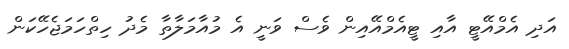
އަދި އެމްއޭޓީ އާއި ޓީއެމްއޭއިން ވެސް ވަނީ އެ މުއާމަލާތާ މެދު ހިތްހަމަޖެހޭކަން